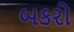
બકરો